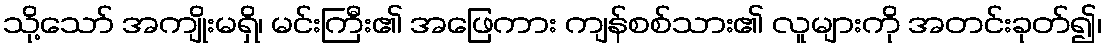
သို့သော် အကျိုးမရှိ၊ မင်းကြီး၏ အဖြေကား ကျန်စစ်သား၏ လူများကို အတင်းခုတ်၍၊